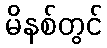
မိနစ်တွင်